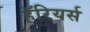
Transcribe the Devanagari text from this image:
हॅरियर्स